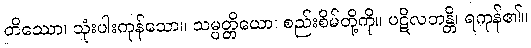
တိဿော၊ သုံးပါးကုန်သော။ သမ္ပတ္တိယော၊ စည်းစိမ်တို့ကို။ ပဋိလဘန္တိ၊ ရကုန်၏။